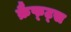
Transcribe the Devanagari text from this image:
क्रैफ्ट्स